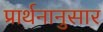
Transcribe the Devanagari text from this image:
प्रार्थनानुसार